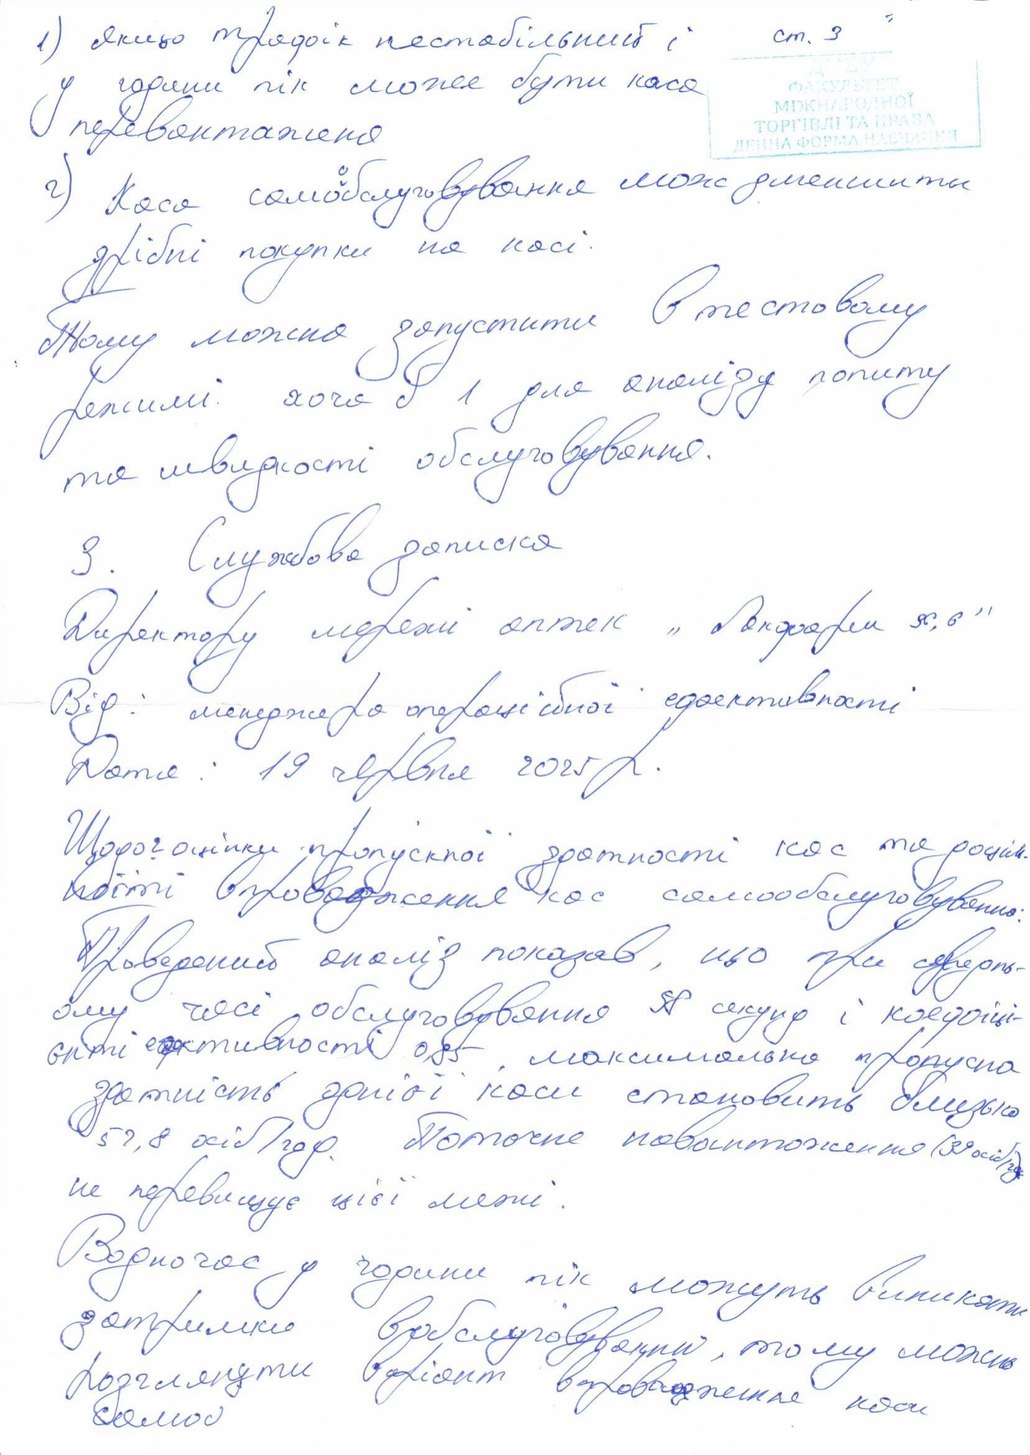
1) Якщо трафік нестабільний і
ст. 3
У години пік може бути каса
перевантажена
г) Каса само{о}бслуговування мож зменшити
дрібні покупки на касі.
Тому можна запустити в тестовому
режимі хоча б 1 для аналізу попиту
та швидкості обслуговування.
3. Службова записка
Директору мережі аптек "Лекфарм 36,6"
Від: менеджера операційної ефективності
Дата: 19 червня 2025 р.
Щодо оцінки пропускної здатності кас та доціль-
ності впровадження кас самообслуговування:
Проведений аналіз показав, що при середнь-
ому часі обслуговування 98 секунд і коефіці-
єнті ефективності 0,85, максимально пропускна
здатність даної каси становить близько
52,8 осіб/год. Поточне навантаження (39 осіб/год)
не перевищує цієї межі.
Водночас у години пік можуть виникати
затримки в обслуговуванні, тому можна
розглянути варіант впровадження каси
самоо